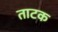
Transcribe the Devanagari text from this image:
ताटक